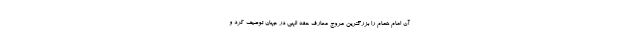
آن امام همام را بزرگترین مروج معارف حقه الهی در جهان توصیف کرد و